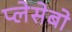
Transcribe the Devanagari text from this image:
प्लेसेबो